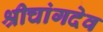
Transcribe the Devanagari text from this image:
श्रीचांगदेव